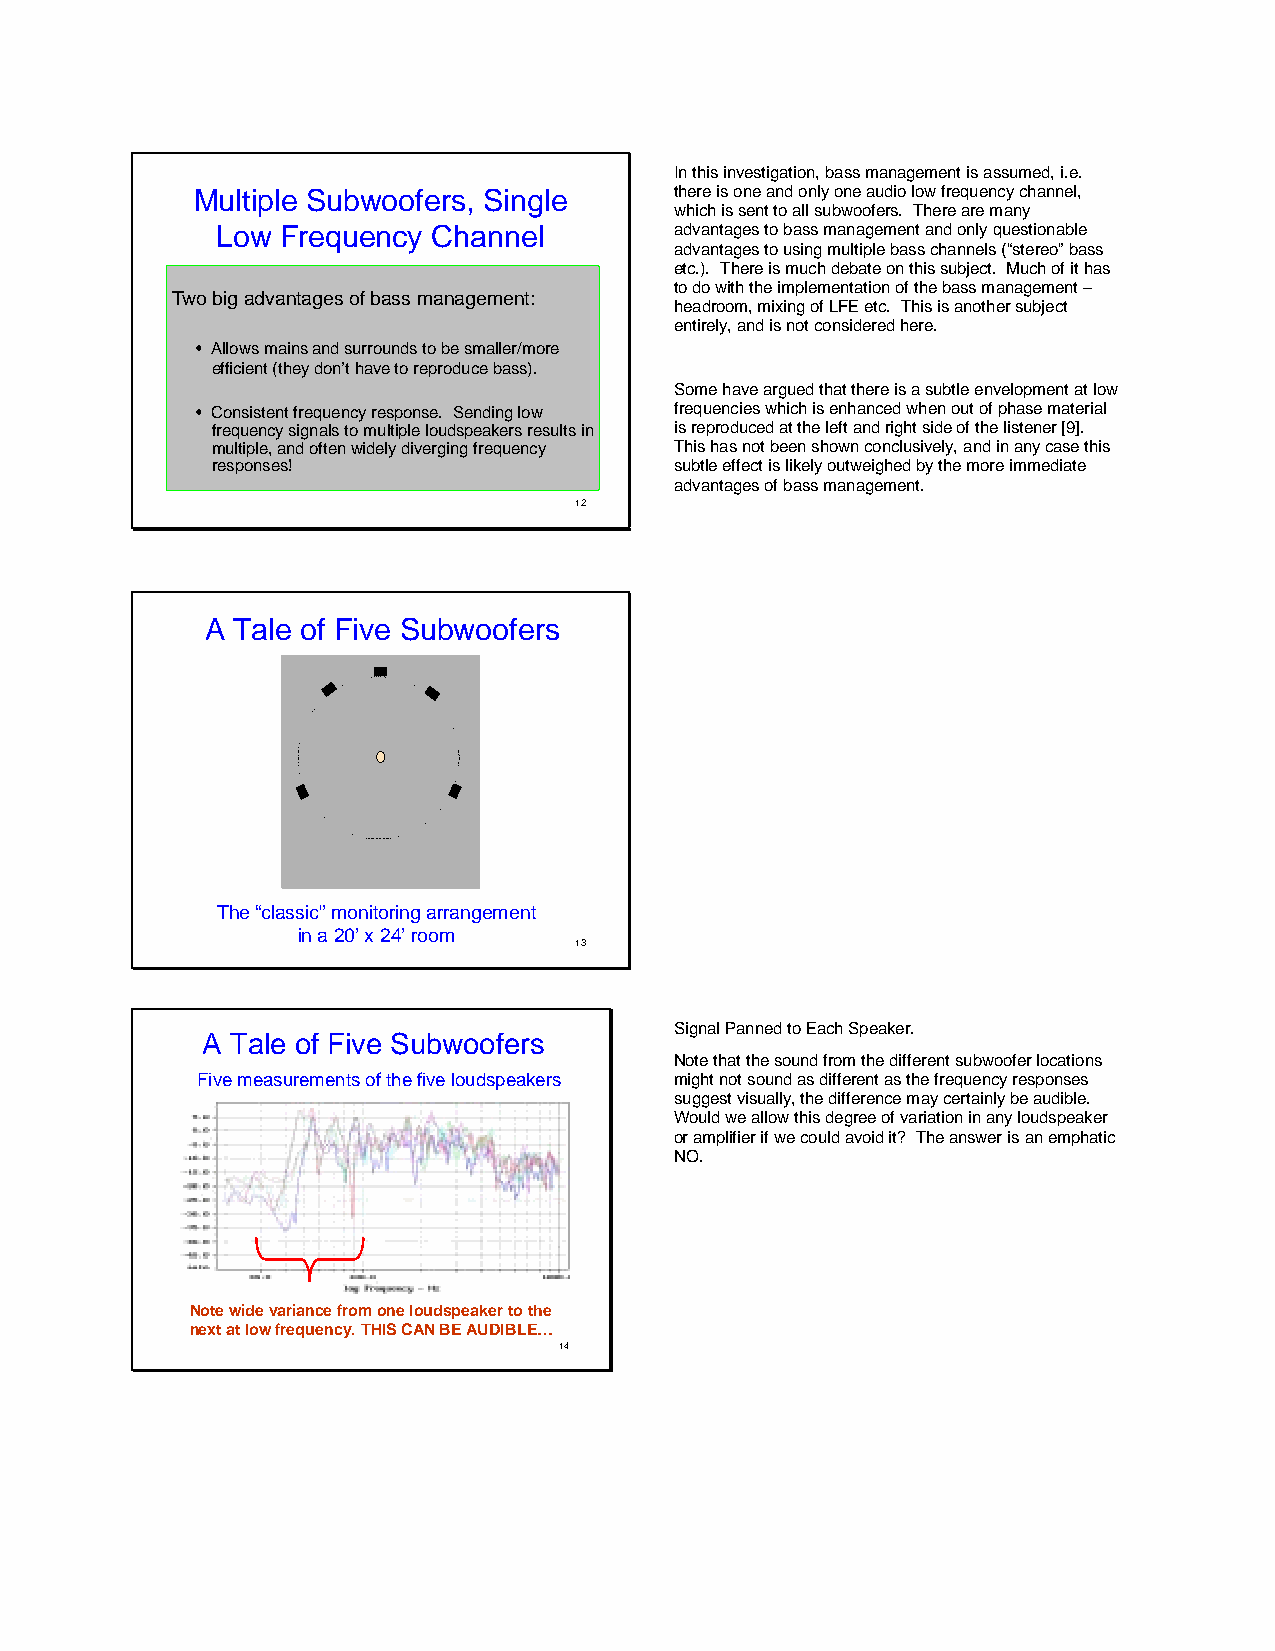
In this investigation, bass management is assumed, i.e.
 Multiple Subwoofers, Single     there is one and only one audio low frequency channel,
 which is sent to all subwoofers. There are many
 Low  Frequency Channel         advantages to bass management and only questionable
 advantages to using multiple bass channels (“stereo” bass
 etc.). There is much debate on this subject. Much of it has
 to do with the implementation of the bass management –
 Two big advantages of bass management:
 headroom, mixing of LFE etc. This is another subject
 entirely, and is not considered here.
 • Allows mains and surrounds to be smaller/more
 efficient (they don’t have to reproduce bass).
 Some have argued that there is a subtle envelopment at low
 • Consistent frequency response. Sending low frequencies which is enhanced when out of phase material
 frequency signals to multiple loudspeakers results in is reproduced at the left and right side of the listener [9].
 multiple, and often widely diverging frequency This has not been shown conclusively, and in any case this
 responses!                     subtle effect is likely outweighed by the more immediate
 advantages of bass management.
 12
 A Tale of Five Subwoofers
 The “classic” monitoring arrangement
 in a 20’ x 24’ room
 13
 Signal Panned to Each Speaker.
 A Tale of Five Subwoofers
 Note that the sound from the different subwoofer locations
 Five measurements of the five loudspeakers might not sound as different as the frequency responses
 suggest visually, the difference may certainly be audible.
 Would we allow this degree of variation in any loudspeaker
 or amplifier if we could avoid it? The answer is an emphatic
 NO.
 Note wide variance from one loudspeaker to the
 next at low frequency. THIS CAN BE AUDIBLE…
 14